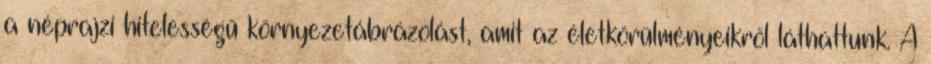
a néprajzi hitelességű környezetábrázolást, amit az életkörülményeikről láthattunk. A